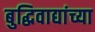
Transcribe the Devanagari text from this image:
बुद्धिवाद्यांच्या